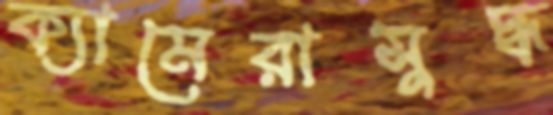
ক্যামেরাসুদ্ধ